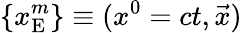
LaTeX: \{ x_{\mathrm{E}}^{m}\} \equiv(x^{0}=ct,{\vec{x}})